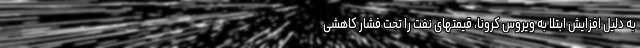
به دلیل افزایش ابتلا به ویروس کرونا، قیمتهای نفت را تحت فشار کاهشی